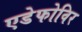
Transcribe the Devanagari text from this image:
एडेफोविर